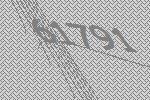
61791